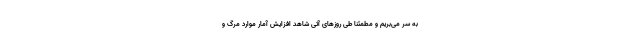
به سر می‌بریم و مطمئنا طی روزهای آتی شاهد افزایش آمار موارد مرگ و